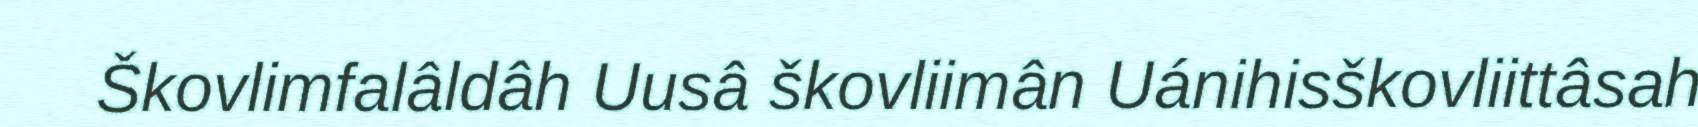
Škovlimfalâldâh Uusâ škovliimân Uánihisškovliittâsah